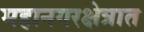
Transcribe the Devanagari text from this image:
महानगरक्षेत्रात